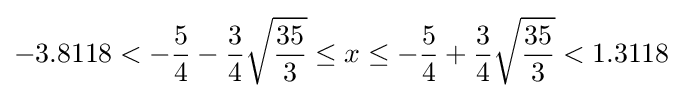
-3.8118<-{\frac {5}{4}}-{\frac {3}{4}}{\sqrt {\frac {35}{3}}}\leq x\leq -{\frac {5}{4}}+{\frac {3}{4}}{\sqrt {\frac {35}{3}}}<1.3118